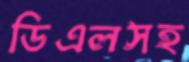
ডিএলসহ